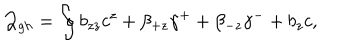
LaTeX: { \cal Q } _ { g h } = \oint b _ { z z } c ^ { z } + \beta _ { + z } \gamma ^ { + } + \beta _ { - z } \gamma ^ { - } + b _ { z } c ,